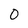
Character: 0